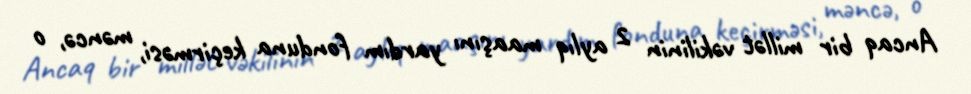
Ancaq bir millət vəkilinin 2 aylıq maaşını yardım fonduna keçirməsi, məncə, o